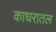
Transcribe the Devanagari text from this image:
काधरातल